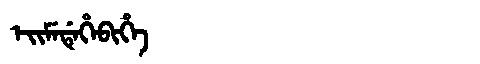
Manchu: ᡝᡳᠮᡝᡩᡝᡥᡝᠪᡳᡥᡝ
Romanization: EIMEDEHEBIHE